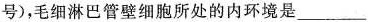
号),毛细淋巴管壁细胞所处的内环境是